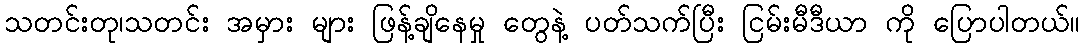
သတင်းတု၊သတင်း အမှား များ ဖြန့်ချိနေမှု တွေနဲ့ ပတ်သက်ပြီး ငြမ်းမီဒီယာ ကို ပြောပါတယ်။